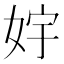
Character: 𱙓